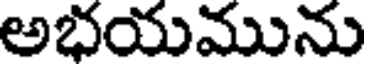
అభయమును